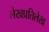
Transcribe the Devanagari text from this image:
लेखप्रतिलेख